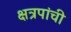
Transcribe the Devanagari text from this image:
क्षत्रपांची